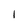
Character: 1